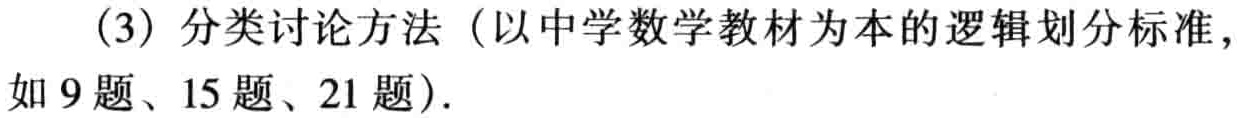
（3）分类讨论方法（以中学数学教材为本的逻辑划分标准，如 9 题、15 题、21 题）.